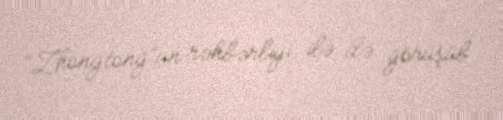
“Zhongtong”un rəhbərliyi ilə də görüşüb.